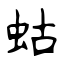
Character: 蛄